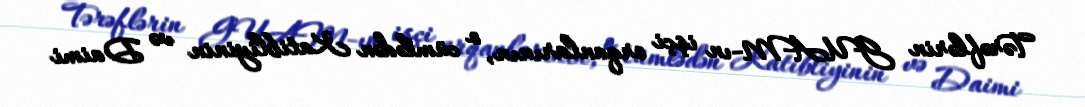
Tərəflərin GUAM-ın işçi orqanlarının, o cümlədən Katibliyinin və Daimi